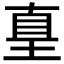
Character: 𡌴